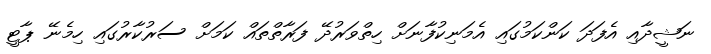
ނަޝީދާއި އެފަދަ ކަންކަމުގައި އެމަނިކުފާނަށް ހިތްވަރުދޭ ފަރާތްތައް ކަމަށް ސަރުކާރުގައި ހިމެނޭ ޕާޓީ